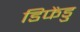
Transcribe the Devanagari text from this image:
डिफेंडु